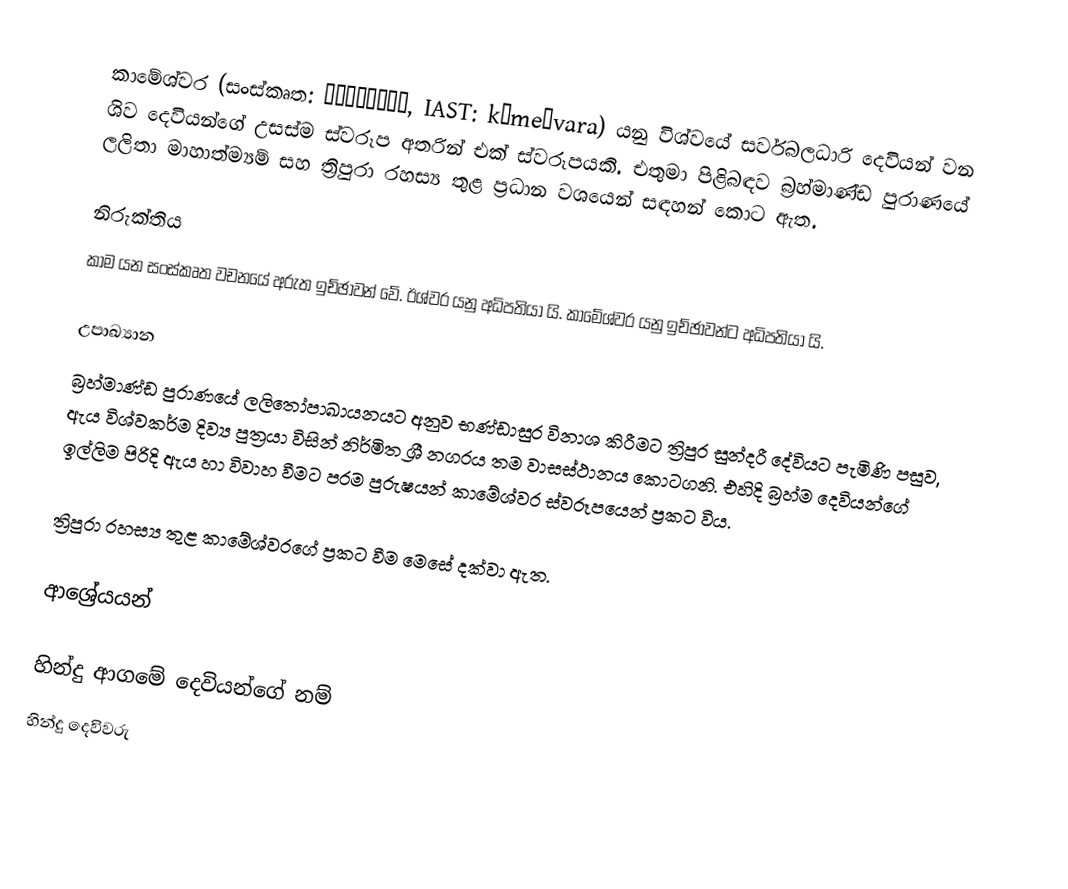
කාමේශ්වර (සංස්කෘත: कामेश्वर, IAST: kāmeśvara) යනු විශ්වයේ සර්වබලධාරි දෙවියන් වන ශිව දෙවියන්ගේ උසස්ම ස්වරූප අතරින් එක් ස්වරූපයකි. එතුමා පිළිබඳව බ්‍රහ්මාණ්ඩ පුරාණයේ ලලිතා මාහාත්ම්‍යම් සහ ත්‍රිපුරා රහස්‍ය තුළ ප්‍රධාන වශයෙන් සඳහන් කොට ඇත.

නිරුක්තිය
කාම යන සංස්කෘත වචනයේ අරුත ඉච්ඡාවන් වේ. ඊශ්වර යනු අධිපතියා යි. කාමේශ්වර යනු ඉච්ඡාවන්ට අධිපතියා යි.

උපාඛ්‍යාන
බ්‍රහ්මාණ්ඩ පුරාණයේ ලලිතෝපාඛායනයට අනුව භණ්ඩාසුර විනාශ කිරීමට ත්‍රිපුර සුන්දරී දේවියට පැමිණි පසුව, ඇය විශ්වකර්ම දිව්‍ය පුත්‍රයා විසින් නිර්මිත ශ්‍රී නගරය තම වාසස්ථානය කොටගනි. එහිදි බ්‍රහ්ම දෙවියන්ගේ ඉල්ලිම පිරිදි ඇය හා විවාහ වීමට පරම පුරුෂයන් කාමේශ්වර ස්වරූපයෙන් ප්‍රකට විය.

ත්‍රිපුරා රහස්‍ය තුළ කාමේශ්වරගේ ප්‍රකට වීම මෙසේ දක්වා ඇත.

ආශ්‍රේයයන්

හින්දු ආගමේ දෙවියන්ගේ නම්
හින්දු දෙවිවරු